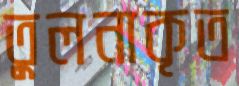
তুলনাকৃত